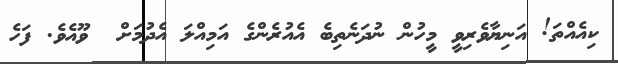
ކިއެއްތަ! އަނިޔާވެރިވީ މީހުން ނުދަނެތިބެ އެއުރެންގެ އަމިއްލަ އެދުމަށް  ވޫއެވެ. ފަހެ